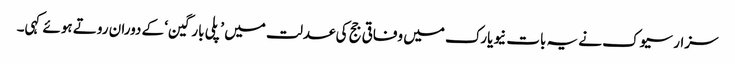
سزار سیوک نے یہ بات نیویارک میں وفاقی جج کی عدلت میں ’پلی بارگین‘ کے دوران روتے ہوئے کہی۔